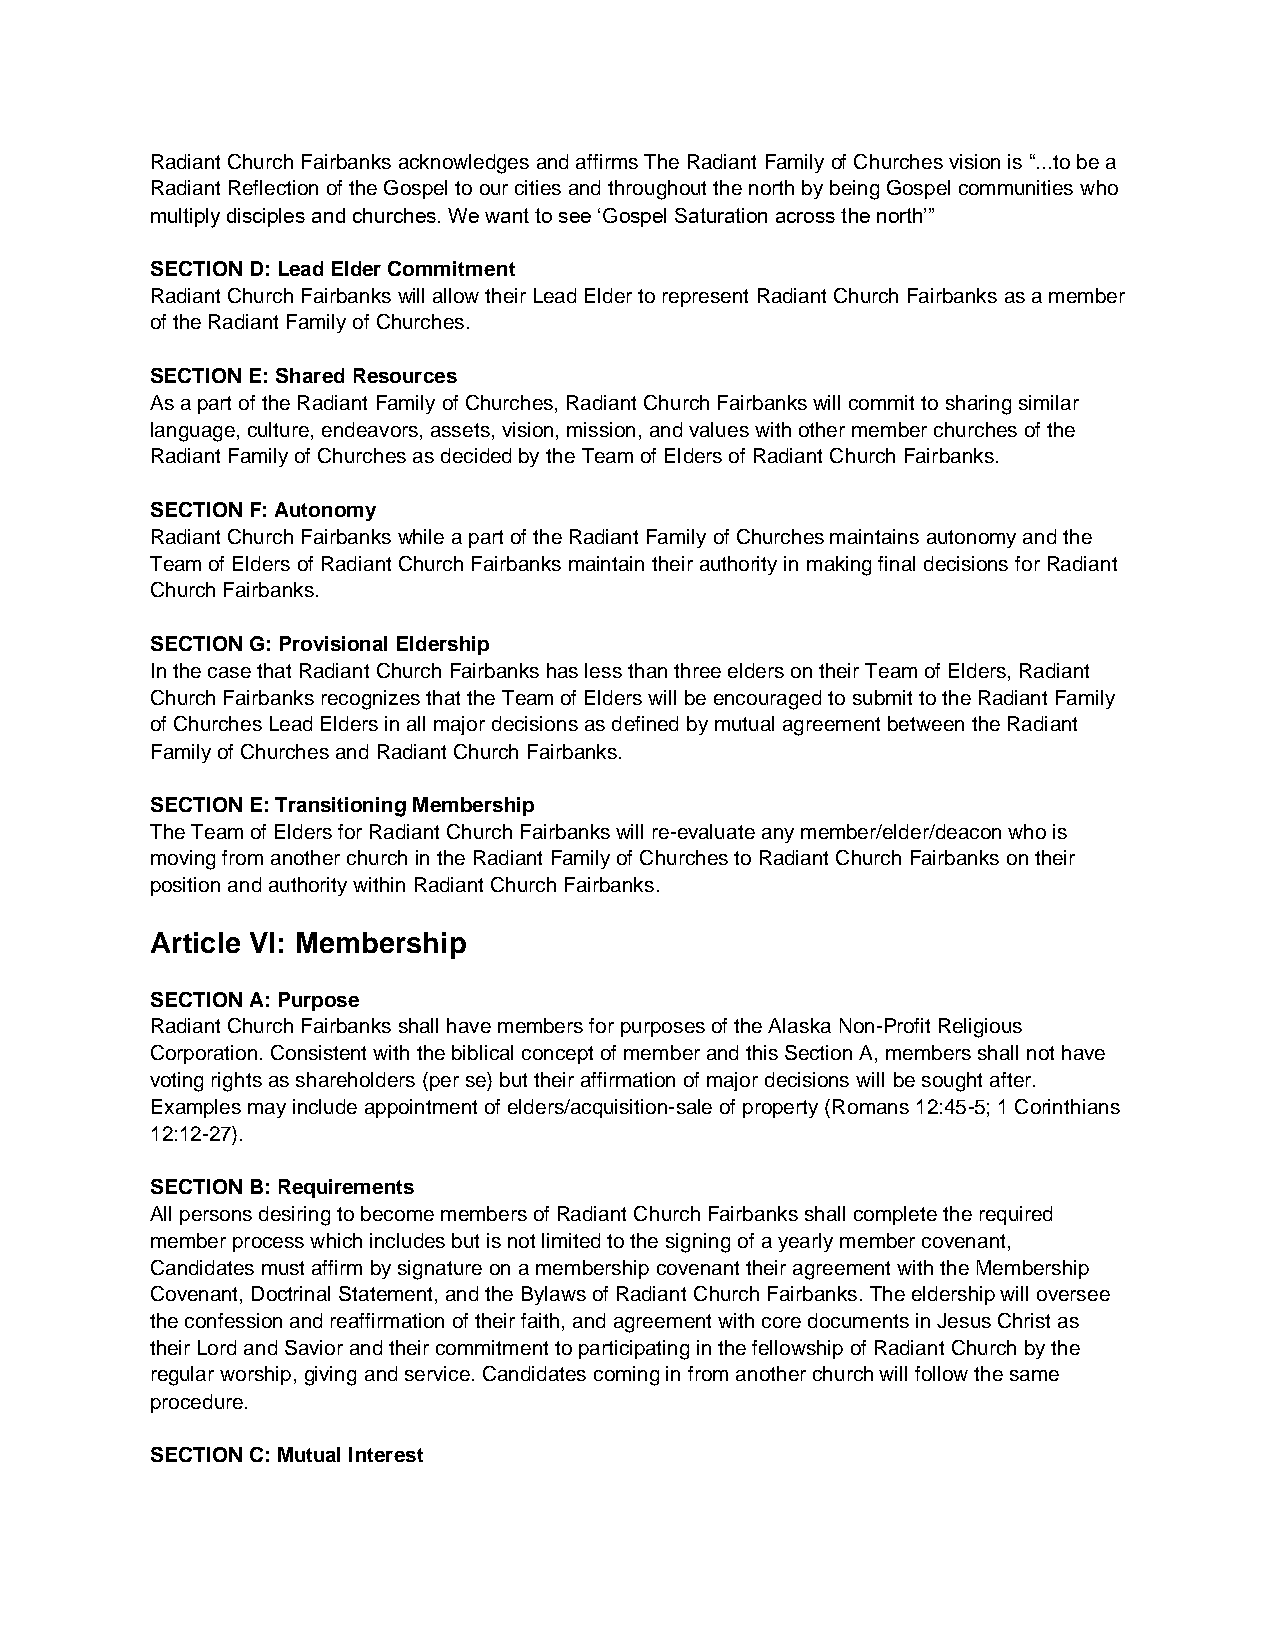
Radiant Church Fairbanks acknowledges and affirms The Radiant Family of Churches vision is “...to be a
 Radiant Reflection of the Gospel to our cities and throughout the north by being Gospel communities who
 multiply disciples and churches. We want to see ‘Gospel Saturation across the north’”
 SECTION D: Lead Elder Commitment
 Radiant Church Fairbanks will allow their Lead Elder to represent Radiant Church Fairbanks as a member
 of the Radiant Family of Churches.
 SECTION E: Shared Resources
 As a part of the Radiant Family of Churches, Radiant Church Fairbanks will commit to sharing similar
 language, culture, endeavors, assets, vision, mission, and values with other member churches of the
 Radiant Family of Churches as decided by the Team of Elders of Radiant Church Fairbanks.
 SECTION F: Autonomy
 Radiant Church Fairbanks while a part of the Radiant Family of Churches maintains autonomy and the
 Team of Elders of Radiant Church Fairbanks maintain their authority in making final decisions for Radiant
 Church Fairbanks.
 SECTION G: Provisional Eldership
 In the case that Radiant Church Fairbanks has less than three elders on their Team of Elders, Radiant
 Church Fairbanks recognizes that the Team of Elders will be encouraged to submit to the Radiant Family
 of Churches Lead Elders in all major decisions as defined by mutual agreement between the Radiant
 Family of Churches and Radiant Church Fairbanks.
 SECTION E: Transitioning Membership
 The Team of Elders for Radiant Church Fairbanks will re-evaluate any member/elder/deacon who is
 moving from another church in the Radiant Family of Churches to Radiant Church Fairbanks on their
 position and authority within Radiant Church Fairbanks.
 Article VI: Membership
 SECTION A: Purpose
 Radiant Church Fairbanks shall have members for purposes of the Alaska Non-Profit Religious
 Corporation. Consistent with the biblical concept of member and this Section A, members shall not have
 voting rights as shareholders (per se) but their affirmation of major decisions will be sought after.
 Examples may include appointment of elders/acquisition-sale of property (Romans 12:45-5; 1 Corinthians
 12:12-27).
 SECTION B: Requirements
 All persons desiring to become members of Radiant Church Fairbanks shall complete the required
 member process which includes but is not limited to the signing of a yearly member covenant,
 Candidates must affirm by signature on a membership covenant their agreement with the Membership
 Covenant, Doctrinal Statement, and the Bylaws of Radiant Church Fairbanks. The eldership will oversee
 the confession and reaffirmation of their faith, and agreement with core documents in Jesus Christ as
 their Lord and Savior and their commitment to participating in the fellowship of Radiant Church by the
 regular worship, giving and service. Candidates coming in from another church will follow the same
 procedure.
 SECTION C: Mutual Interest